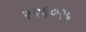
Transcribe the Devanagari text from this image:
२२६०२५